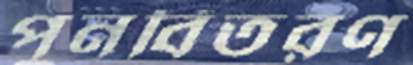
পুনর্বিতরণ